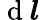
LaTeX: \mathrm{~d~}\boldsymbol{l}